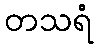
တသရံ